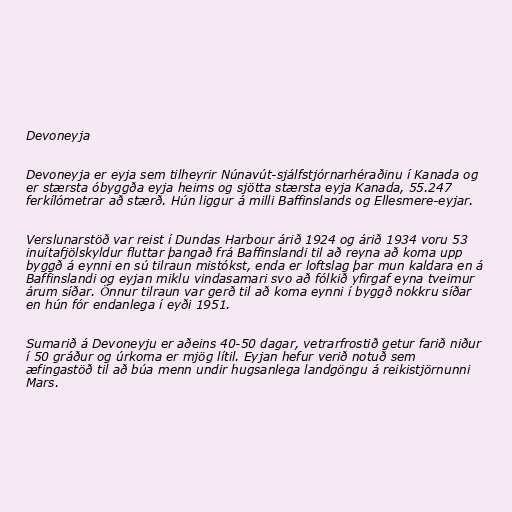
Devoneyja

Devoneyja er eyja sem tilheyrir Núnavút-sjálfstjórnarhéraðinu í Kanada og
er stærsta óbyggða eyja heims og sjötta stærsta eyja Kanada, 55.247
ferkílómetrar að stærð. Hún liggur á milli Baffinslands og Ellesmere-eyjar.

Verslunarstöð var reist í Dundas Harbour árið 1924 og árið 1934 voru 53
inuítafjölskyldur fluttar þangað frá Baffinslandi til að reyna að koma upp
byggð á eynni en sú tilraun mistókst, enda er loftslag þar mun kaldara en á
Baffinslandi og eyjan miklu vindasamari svo að fólkið yfirgaf eyna tveimur
árum síðar. Önnur tilraun var gerð til að koma eynni í byggð nokkru síðar
en hún fór endanlega í eyði 1951.

Sumarið á Devoneyju er aðeins 40-50 dagar, vetrarfrostið getur farið niður
í 50 gráður og úrkoma er mjög lítil. Eyjan hefur verið notuð sem
æfingastöð til að búa menn undir hugsanlega landgöngu á reikistjörnunni
Mars.